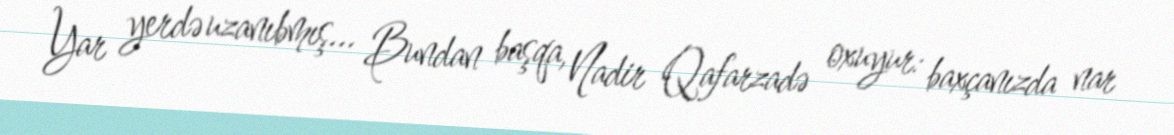
Yar yerdə uzanıbmış... Bundan başqa, Nadir Qafarzadə oxuyur: baxçanızda nar